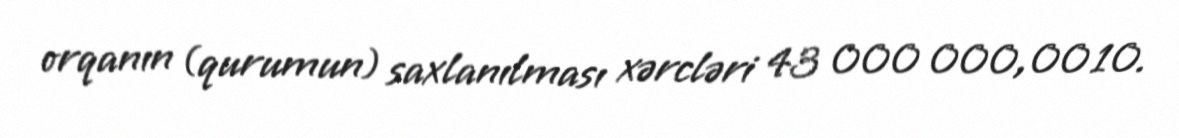
orqanın (qurumun) saxlanılması xərcləri 43 000 000,00 10.